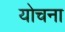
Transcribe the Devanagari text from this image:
योचना